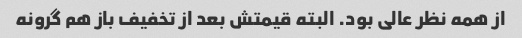
از همه نظر عالی بود. البته قیمتش بعد از تخفیف باز هم گرونه